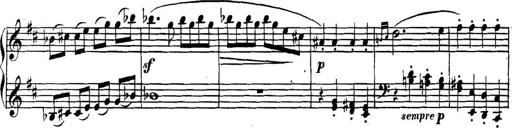
Title: Collected Piano Sonatas
Composer: Muzio Clementi